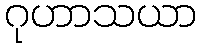
ဂုဟာသယာ